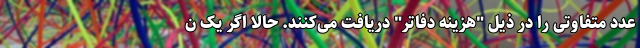
عدد متفاوتی را در ذیل "هزینه دفاتر" دریافت می‌کنند. حالا اگر یک ن